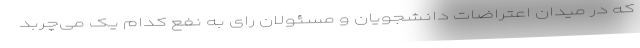
که در میدان اعتراضات دانشجویان و مسئولان رای به نفع کدام یک می‌چربد